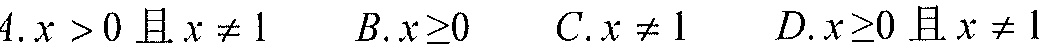
4.\(x > 0\)且\(x \neq 1\)  \(B.x\geq0\)  \(C.x \neq 1\)  \(D.x\geq0\)且\(x \neq 1\)